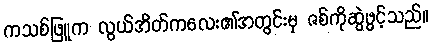
ကသစ်ဖြူက လွယ်အိတ်ကလေး၏အတွင်းမှ ဇစ်ကိုဆွဲဖွင့်သည်။